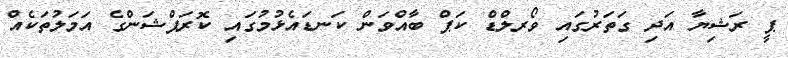
ޕީ ރަޝިޔާ އަދި ގަތަރުގައި ވޯރލްޑް ކަޕް ބާއްވަން ކަނޑައެޅުމުގައި ކޮރަޕްޝަންގެ އަމަލުތަކެއް